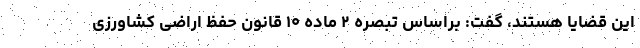
این قضایا هستند، گفت: براساس تبصره ۲ ماده ۱۰ قانون حفظ اراضی کشاورزی